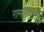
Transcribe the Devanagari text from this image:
रामकृष्णांस